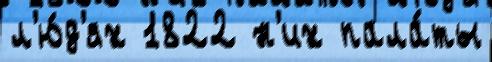
л'ю́д'ях 1822 н'их пала́ты